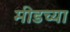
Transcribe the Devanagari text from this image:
मीडच्या